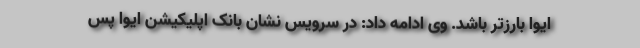
ایوا بارزتر باشد. وی ادامه داد: در سرویس نشان بانک اپلیکیشن ایوا پس